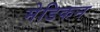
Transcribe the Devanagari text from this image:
मेडिकन